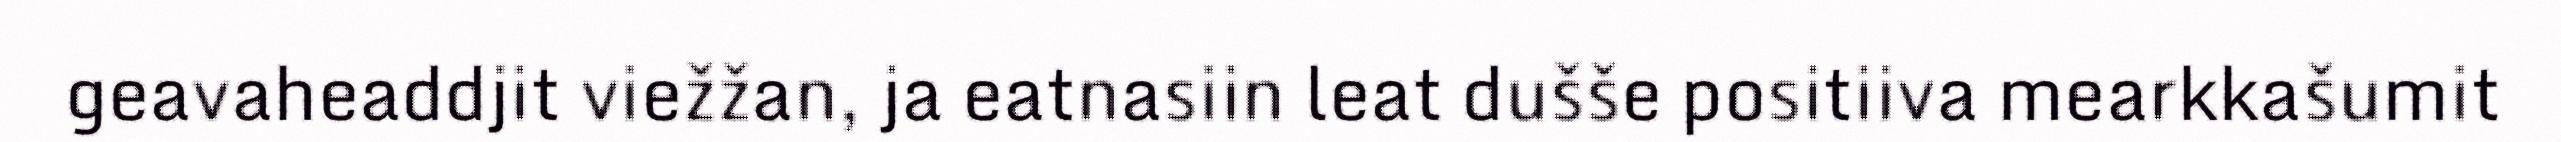
geavaheaddjit viežžan, ja eatnasiin leat dušše positiiva mearkkašumit